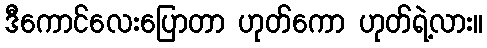
ဒီကောင်လေးပြောတာ ဟုတ်ကော ဟုတ်ရဲ့လား။